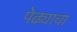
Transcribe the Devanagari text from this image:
पेढ्याचा